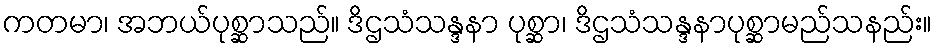
ကတမာ၊ အဘယ်ပုစ္ဆာသည်။ ဒိဌသံသန္ဒနာ ပုစ္ဆာ၊ ဒိဌသံသန္ဒနာပုစ္ဆာမည်သနည်း။